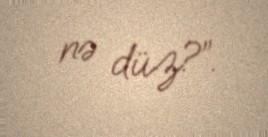
nə düz?”.